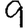
Digit: 9